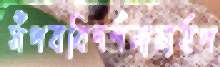
সঁপববিদর্শনাচার্যপ